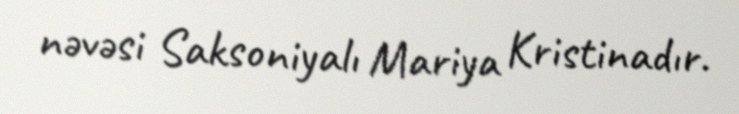
nəvəsi Saksoniyalı Mariya Kristinadır.